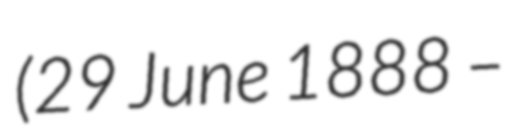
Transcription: (29 June 1888 –